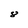
Character: 8